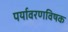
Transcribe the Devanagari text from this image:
पर्यावरणविषक